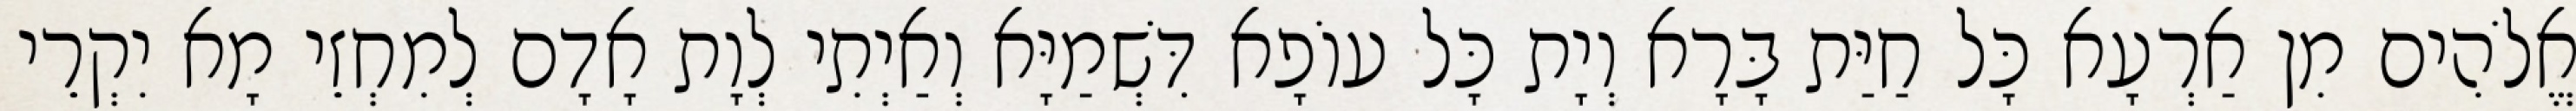
אֱלֹהִים מִן אַרְעָא כָּל חַיַּת בָּרָא וְיָת כָּל עוֹפָא דִּשְׁמַיָּא וְאַיְתִי לְוָת אָדָם לְמִחְזֵי מָא יִקְרֵי